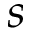
s